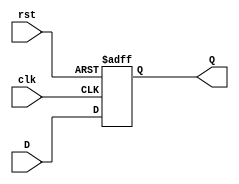
module threebit_state_reg_P2(D,clk,rst,Q);

input[2:0] D;
input clk, rst;
output reg [2:0] Q;

always @(posedge clk or posedge rst) begin

	if (rst == 1'b1)
		Q <= 3'b000;
	else 
		Q <= D;
	end
	
endmodule